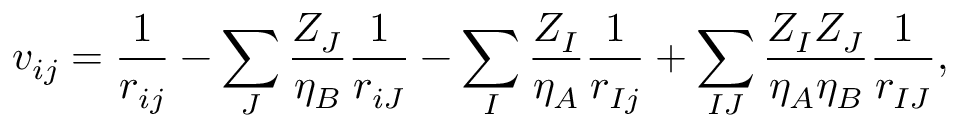
v _ { i j } = \frac { 1 } { r _ { i j } } - \sum _ { J } \frac { Z _ { J } } { \eta _ { B } } \frac { 1 } { r _ { i J } } - \sum _ { I } \frac { Z _ { I } } { \eta _ { A } } \frac { 1 } { r _ { I j } } + \sum _ { I J } \frac { Z _ { I } Z _ { J } } { \eta _ { A } \eta _ { B } } \frac { 1 } { r _ { I J } } ,